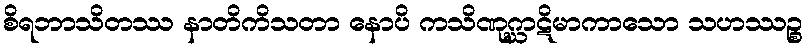
စိရဘာသိတဿ နာတိကိသတာ နောပိ ကသိဏုဂ္ဃာဋိမာကာသော သဟဿဉ္စ